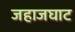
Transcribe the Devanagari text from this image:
जहाजघाट